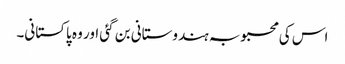
اس کی محبوبہ ہندوستانی بن گئی اور وہ پاکستانی۔